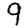
Digit: 9